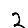
Digit: 2